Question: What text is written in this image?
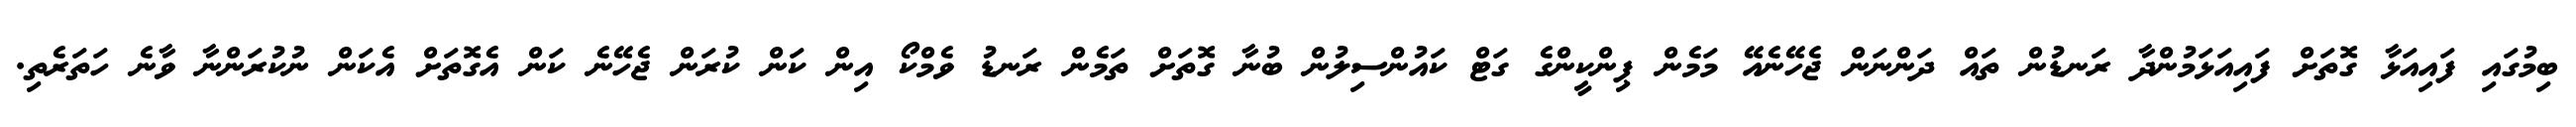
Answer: ބިމުގައި ފައިއަޅާ ގޮތަށް ފައިއަޅަމުންދާ ރަނޑުން ތައް ދަންނަން ޖެހޭނެއޭ މަމެން ޕިންކީންގެ ގަޓް ކައުންސިލުން ބުނާ ގޮތަށް ތަމެން ރަނޑު ވެމްކޯ އިން ކަން ކުރަން ޖެހޭނެ ކަން އެގޮތަށް އެކަން ނުކުރަންނާ ވާނެ ހަތަރެތި.